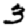
Digit: 3